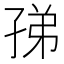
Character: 𡥩